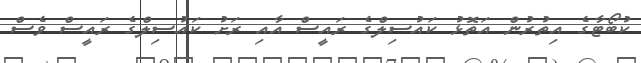
ކުބޯޓާގެ އިތުރުން އަތޮޅު ކައުސިލްގެ ރައީސް އާއި ރަށު ކައުސިލްގެ ރައީސް ވެސް